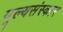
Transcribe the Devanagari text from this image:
मूल्यसंस्कार